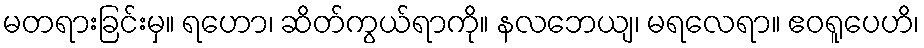
မတရားခြင်းမှ။ ရဟော၊ ဆိတ်ကွယ်ရာကို။ နလဘေယျ၊ မရလေရာ။ ဧဝရူပေဟိ၊